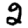
Digit: 2